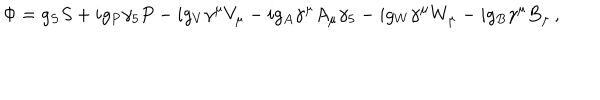
\Phi = g _ { S } S + i g _ { P } \gamma _ { 5 } P - i g _ { V } \gamma ^ { \mu } V _ { \mu } - i g _ { A } \gamma ^ { \mu } A _ { \mu } \gamma _ { 5 } - i g _ { W } \gamma ^ { \mu } W _ { \mu } - i g _ { B } \gamma ^ { \mu } B _ { \mu } \, ,